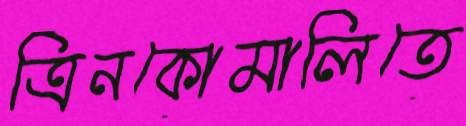
ত্রিনকোমালিতে